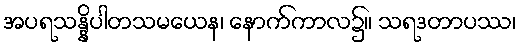
အပရသန္နိပါတသမယေန၊ နောက်ကာလ၌။ သရဒတာပဿ၊